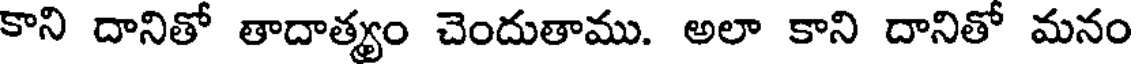
కాని దానితో తాదాత్యం చెందుతాము. అలా కాని దానితో మనం